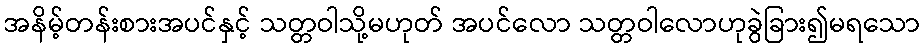
အနိမ့်တန်းစားအပင်နှင့် သတ္တဝါသို့မဟုတ် အပင်လော သတ္တဝါလောဟုခွဲခြား၍မရသော